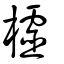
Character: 欞